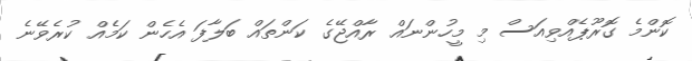
ކޮންމެ ގޮރޫޕެއްވިއަސް މި މީހުންނައް ރާއްޖޭގެ ކަންތައް ބަލާފަ އެހެން ކަމެއް ކުރެވޭނެ